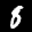
Label: 8